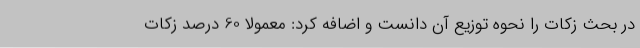
در بحث زکات را نحوه توزیع آن دانست و اضافه کرد: معمولاً 60 درصد زکات